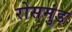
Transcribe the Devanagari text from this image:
रोसमुंड